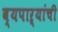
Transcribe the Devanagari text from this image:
व्यपाऱ्यांची